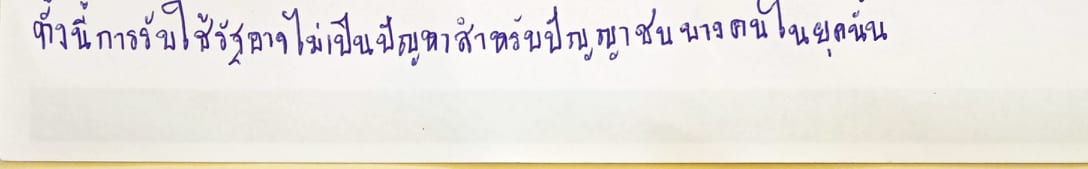
ทั้งนี้การรับใช้รัฐอาจไม่เป็นปัญหาสำหรับปัญญาชนบางคนในยุคนั้น